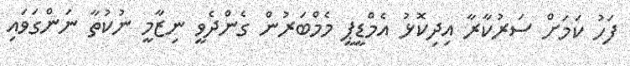
ފަހު ކަމަށް ސަރުކާރާ އިދިކޮޅު އެމްޑީޕީ މެމްބަރުން ގެންދެވީ ނިޒާމީ ނުކުތާ ނަންގަވައި